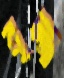
বৃন্দা